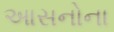
આસનોના